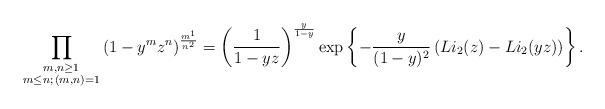
LaTeX: \begin{align*} \prod_{\substack{m,n \geq 1 \\ m \leq n ; \, (m,n)=1}} \left(1- y^m z^n\right)^{\frac{m^1 }{n^2}} = \left(\frac{1}{1-yz}\right)^{\frac{y}{1-y}} \exp\left\{- \frac{y}{(1-y)^2} \left(Li_2(z)- Li_2(yz)\right) \right\}.\end{align*}